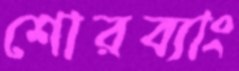
শোরব্যাং